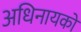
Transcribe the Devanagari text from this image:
अधिनायको